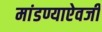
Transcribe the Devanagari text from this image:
मांडण्याऐवजी